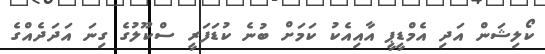
ކޯލިޝަން އަދި އެމްޑީޕީ އާއިއެކު ކަމަށް ބުނެ ކުޑަފަރީ ސްކޫލުގެ ގިނަ އަދަދެއްގެ